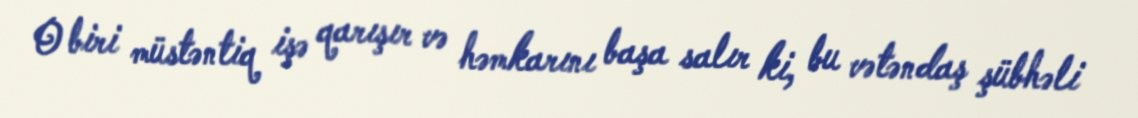
O biri müstəntiq işə qarışır və həmkarını başa salır ki, bu vətəndaş şübhəli